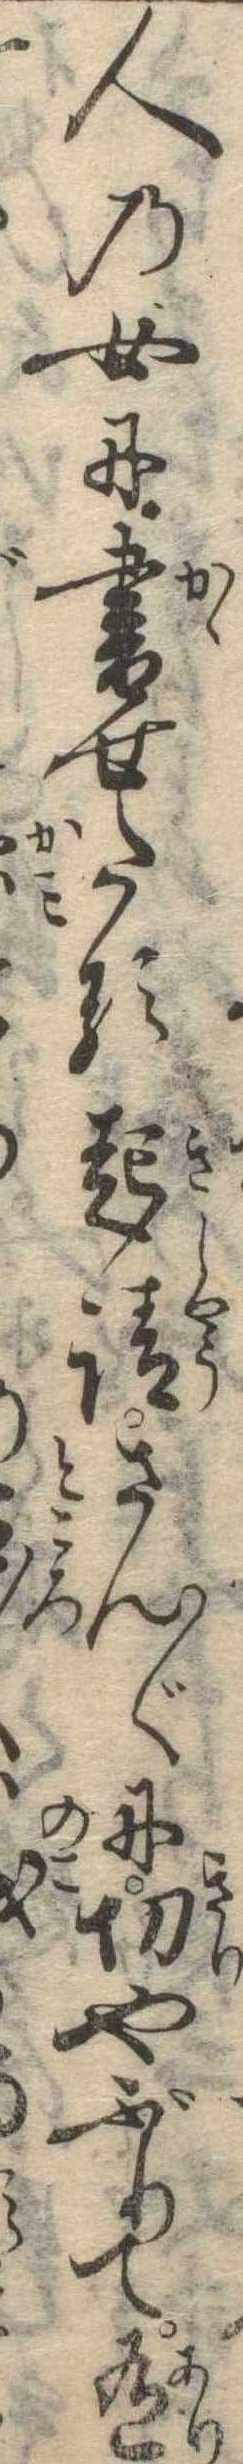
人の女に書せたる起請さん〲に切やぶりて有